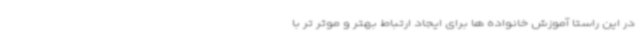
در این راستا آموزش خانواده ها برای ایجاد ارتباط بهتر و موثر تر با